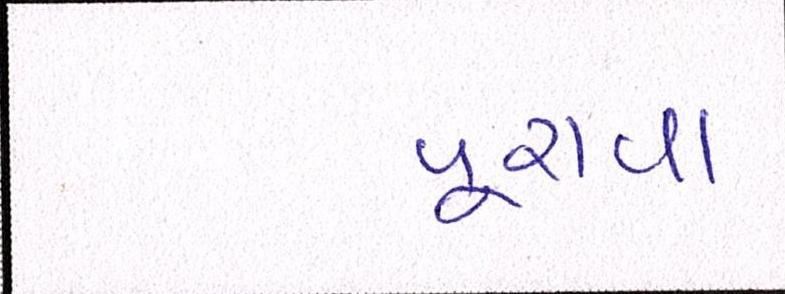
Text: પૂરાવા